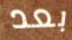
بعد